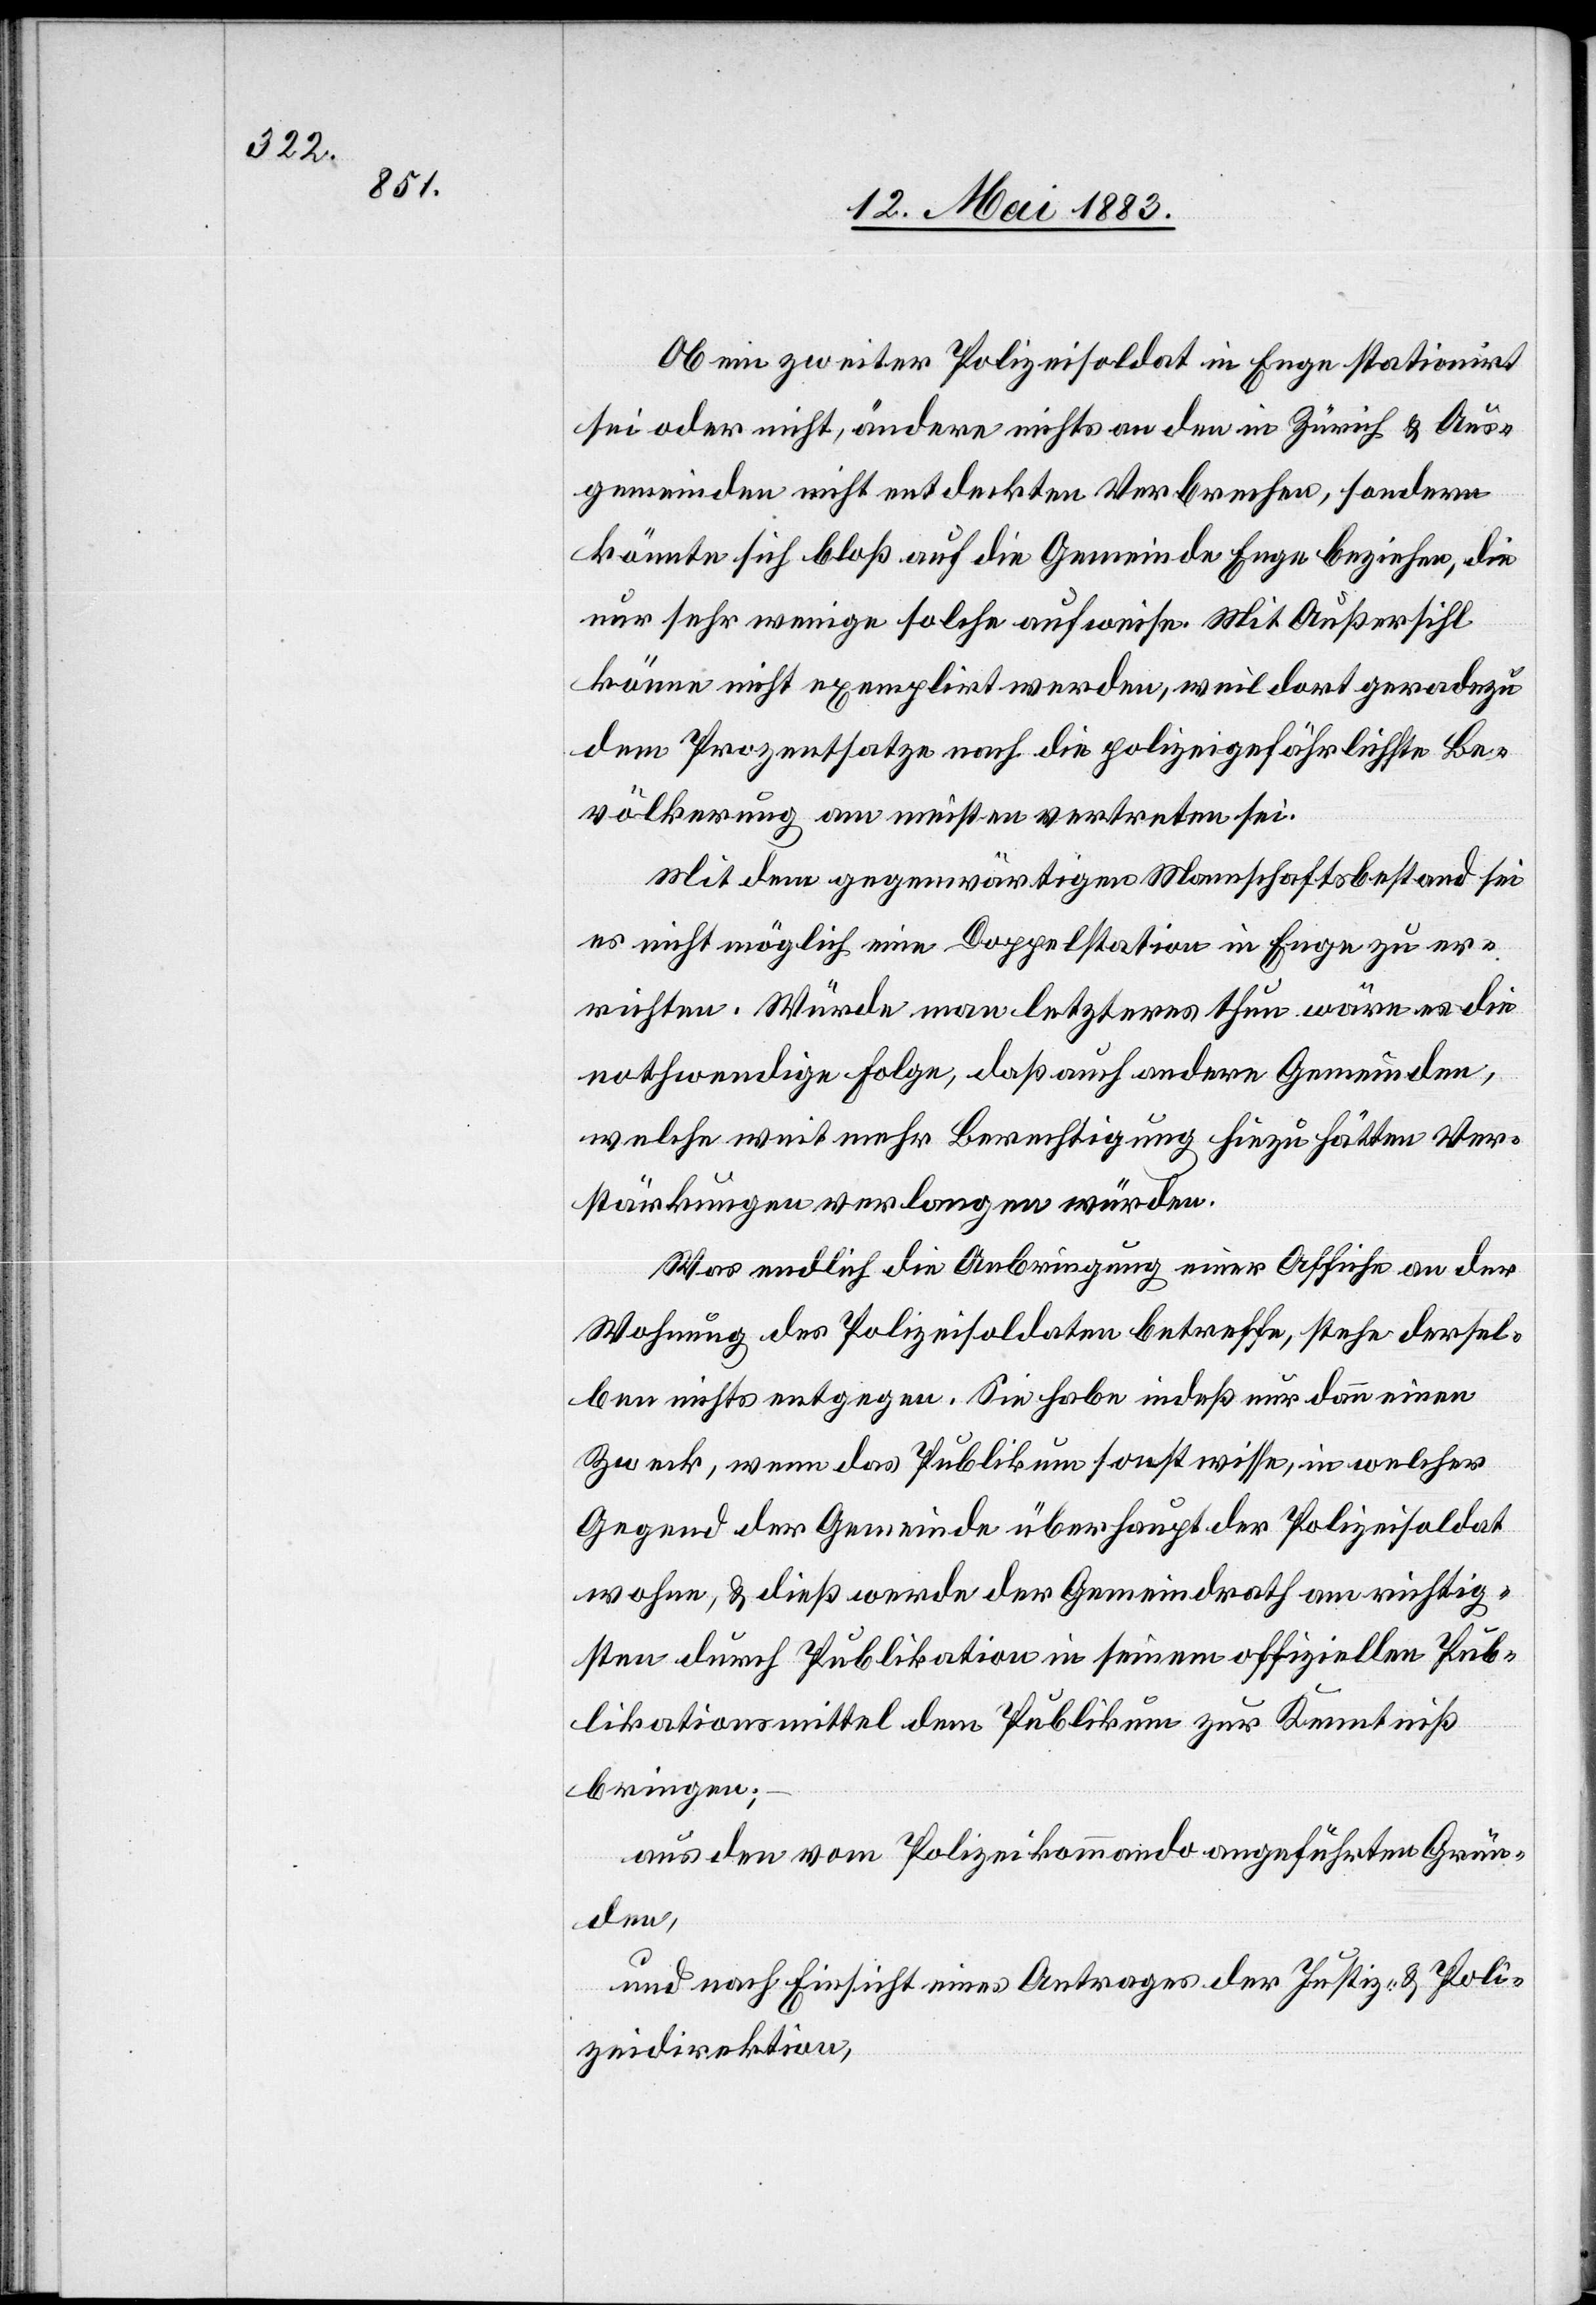
Ob ein zweiter Polizeisoldat in Enge stationirt
sei oder nicht, ändere nichts an den in Zürich & Aus¬
gemeinden nicht entdeckten Verbrechen, sondern
könnte sich bloß auf die Gemeinde Enge beziehen, die
nur sehr wenige solche aufweise. Mit Außersihl
könne nicht exemplirt werden, weil dort geradezu
dem Prozentsatze nach die polizeigefährlichste Be¬
völkerung am meisten vertreten sei.
Mit dem gegenwärtigen Mannschaftsbestand sei
es nicht möglich eine Doppelstation in Enge zu er¬
richten. Würde man letzteres thun wäre es die
nothwendige Folge, daß auch andere Gemeinden,
welche weit mehr Berechtigung hiezu hätten Ver¬
stärkungen verlangen würden.
Was endlich die Anbringung einer Affiche an der
Wohnung des Polizeisoldaten betreffe, stehe dersel¬
ben nichts entgegen. Sie habe indeß nur dann einen
Zweck, wenn das Publikum sonst wisse, in welcher
Gegend der Gemeinde überhaupt der Polizeisoldat
wohne, & dies werde der Gemeindrath am richtig¬
sten durch Publikation in seinem offiziellen Pub¬
likationsmittel dem Publikum zur Kenntniß
bringen;
aus den vom Polizeikommando angeführten Grün¬
den,
und nach Einsicht eines Antrages der Justiz- & Poli¬
zeidirektion,